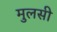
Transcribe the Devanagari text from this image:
मुलसी